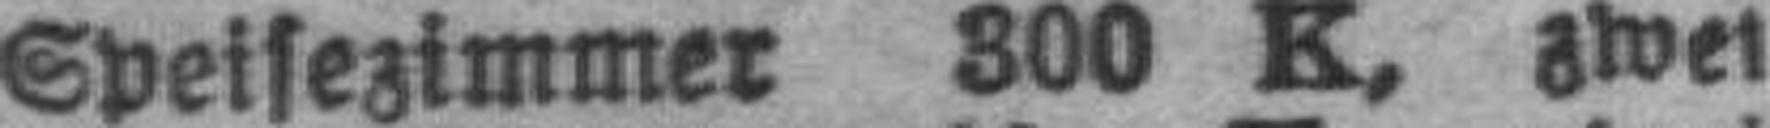
Speisezimmer 300 K, zwei